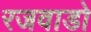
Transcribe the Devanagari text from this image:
रजवाडो